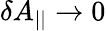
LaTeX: \delta A_{||}\to 0